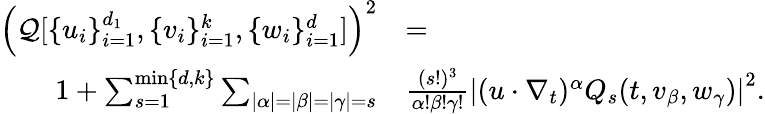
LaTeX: \begin{array}{rl}{\left(\mathcal{Q}[\{ u_{i}\} _{i=1}^{d_{1}},\{ v_{i}\} _{i=1}^{k},\{ w_{i}\} _{i=1}^{d}]\right)^{2}}&{=}\\ {1+\sum_{s=1}^{\operatorname*{min}\{ d,k\} }\sum_{|\alpha|=|\beta|=|\gamma|=s}}&{\frac{(s!)^{3}}{\alpha!\beta!\gamma!}\left|(u\cdot\nabla_{t})^{\alpha}Q_{s}(t,v_{\beta},w_{\gamma})\right|^{2}.}\end{array}